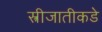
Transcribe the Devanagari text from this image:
स्त्रीजातीकडे